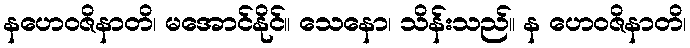
နဟေဝဇိနာတိ၊ မအောင်နိုင်။ သေနော၊ သိန်းသည်။ န ဟေဝဇိနာတိ၊